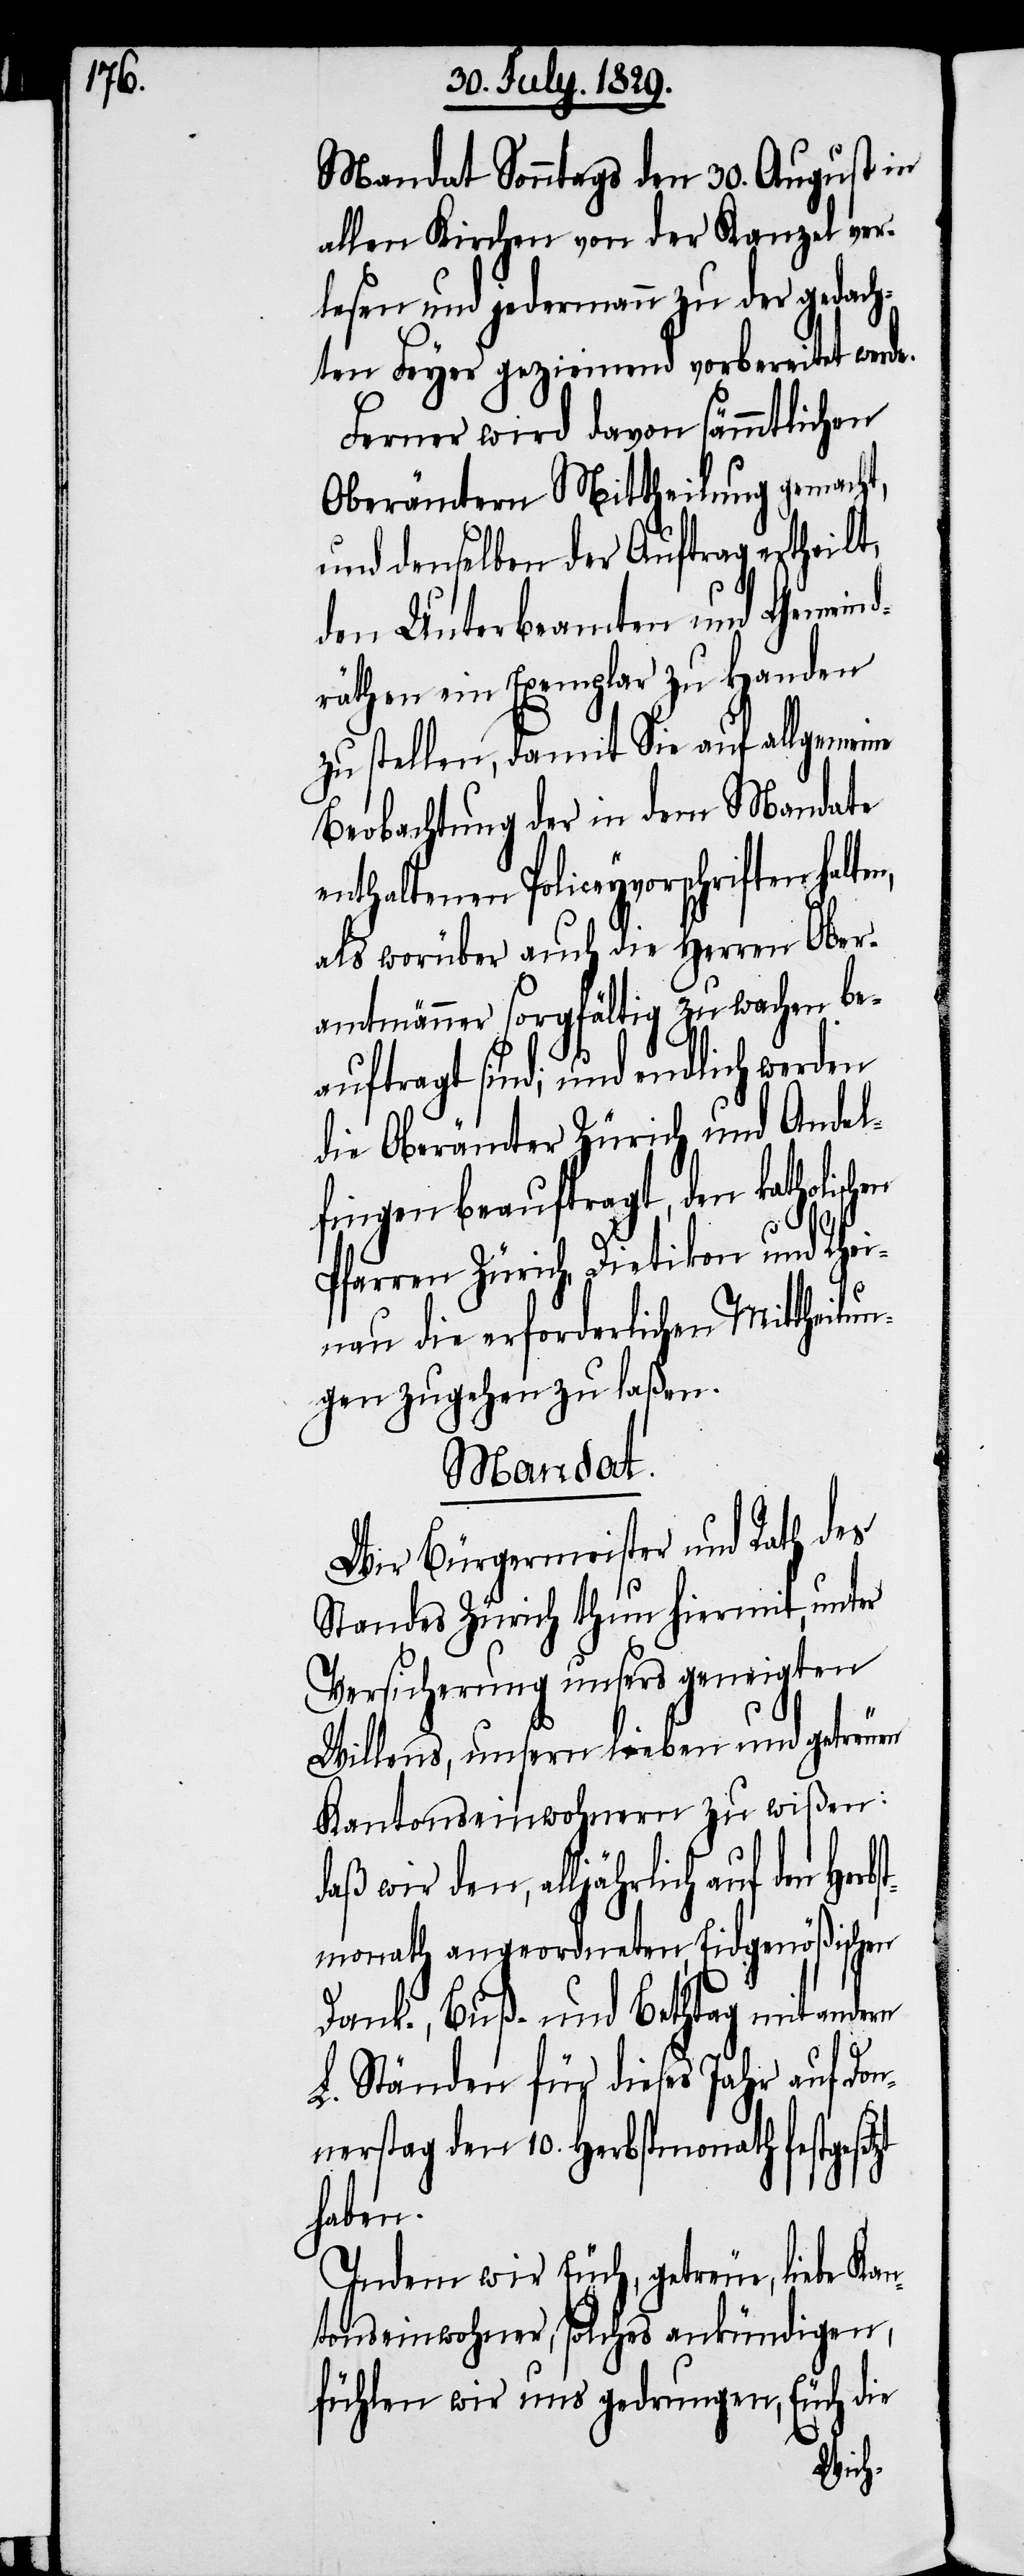
Mandat Sonntags den 30. August in
allen Kirchen von der Kanzel ver¬
lesen und jedermann zu der gedach¬
ten Feyer geziemend vorbereitet wer¬
Ferner wird davon sämmtlichen
Oberämtern Mittheilung gemacht,
und denselben der Auftrag ertheilt,
den Unterbeamten und Gemeind¬
räthen ein Exemplar zu Handen
zu stellen, damit Sie auf allgemeine
Beobachtung der in dem Mandate
enthaltenen Policeyvorschriften
als worüber auch die Herren Ober¬
amtmänner sorgfältig zu wachen be¬
auftragt sind; und endlich werden
die Oberämter Zürich und Andel¬
fingen beauftragt, den katholisch¬
Pfarren Zürich, Dietikon und Rhei¬
nau die erforderlichen Mittheilun¬
gen zugehen zu laßen.
Herbst¬
zt
Wir Bürgermeister und Rath
Standes Zürich thun hiermit, unter
Versicherung unsers geneigten
Willens, unsern lieben und getreuen
Kantonseinwohnern zu wißen:
daß wir den, alljährlich auf
monath angeordneten, Eidgenößischen
Dank-, Buß- und Bethtag mit andern
L. Ständen für dieses Jahr auf Don¬
nerstag den 10. Herbstmonath festgeset¬
haben.
Indem wir Euch, getreue, liebe Kan¬
tonseinwohner, solches ankündigen,
fühlen wir uns gedrungen, Euch die